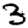
Digit: 3